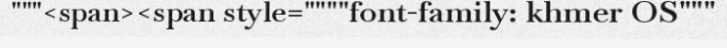
"""<span><span style=""""font-family: khmer OS"""